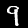
Digit: 9